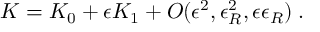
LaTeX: K = K _ { 0 } + \epsilon K _ { 1 } + { \cal O } ( \epsilon ^ { 2 } , \epsilon _ { R } ^ { 2 } , \epsilon \epsilon _ { R } ) \; .